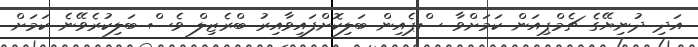
އަދި ދުނިޔޭގެ ޗެމްޕިއަން ކަމަށްވާ ސްޕެއިން ބަލިކޮށްފައިވާއިރު ބްރެޒިލް ވެސް ބަލިކުރެވޭނެ ކަމަށް